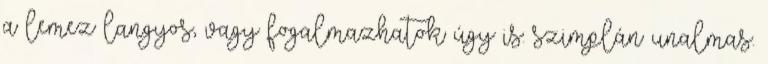
a lemez langyos, vagy fogalmazhatok úgy is: szimplán unalmas.